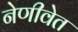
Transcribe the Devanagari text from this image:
नेणीवेत